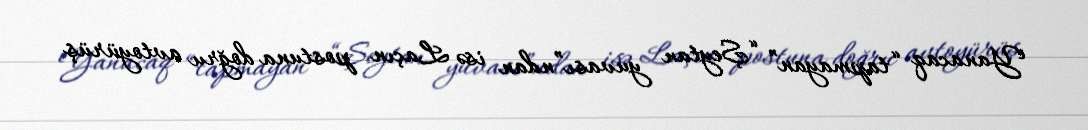
Yanacaq “tapmayan” “Şeytan yuvası”ndan isə Laçın postuna doğru avtoyürüş